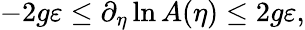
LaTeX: -2g\varepsilon\le\partial_{\eta}\ln A(\eta)\le 2g\varepsilon,